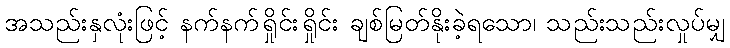
အသည်းနှလုံးဖြင့် နက်နက်ရှိုင်းရှိုင်း ချစ်မြတ်နိုးခဲ့ရသော၊ သည်းသည်းလှုပ်မျှ